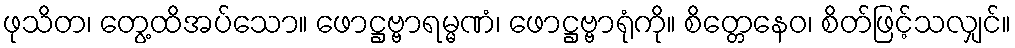
ဖုသိတ၊ တွေ့ထိအပ်သော။ ဖောဋ္ဌဗ္ဗာရမ္မဏံ၊ ဖောဋ္ဌဗ္ဗာရုံကို။ စိတ္တေနေဝ၊ စိတ်ဖြင့်သလျှင်။